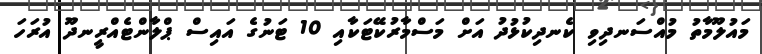
މައުލޫމާތު މުއްސަނދިވި ކެނދިކުޅުދު އަށް މަސްމާރުކޭޓަކާއި 10 ޓަނުގެ އައިސް ޕްލާންޓެއްރީނދޫ އުރަހަ